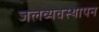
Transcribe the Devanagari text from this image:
जलव्यवस्थापन